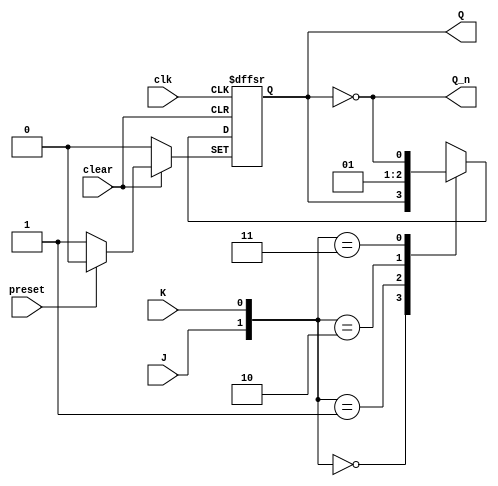
module JKFlipFlop (
    input J, 
    input K, 
    input clk, 
    input preset, 
    input clear, 
    output reg Q, 
    output reg Q_n
);

always @(posedge clk or negedge clear or negedge preset) begin
    if (clear == 0) begin
        Q <= 0;
    end else if (preset == 0) begin
        Q <= 1;
    end else begin
        case ({J,K})
            2'b00: Q <= Q;
            2'b01: Q <= 0;
            2'b10: Q <= 1;
            2'b11: Q <= ~Q;
        endcase
    end
end

assign Q_n = ~Q;

endmodule